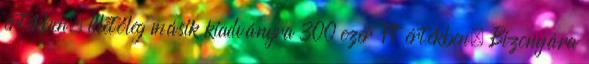
értékben, illetőleg másik kiadványra 300 ezer Ft értékben. Bizonyára